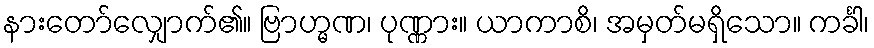
နားတော်လျှောက်၏။ ဗြာဟ္မဏ၊ ပုဏ္ဏား။ ယာကာစိ၊ အမှတ်မရှိသော။ ကင်္ခါ၊